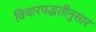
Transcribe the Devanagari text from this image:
विचारपद्धतीनुसार